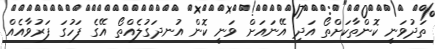
ތަދުވަނީ ކޮންތާކަށްތޯ އަދި އޭނައަށް ވަނީ ކޮން އުނދަގުލެއްތޯ އޭގެ ފަހުގަ ފަރުވާއެއް